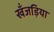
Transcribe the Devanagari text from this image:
खँजड़िया